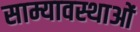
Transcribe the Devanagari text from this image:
साम्यावस्थाओं